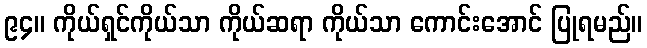
၉၄။ ကိုယ်ရှင်ကိုယ်သာ ကိုယ်ဆရာ ကိုယ်သာ ကောင်းအောင် ပြုရမည်။